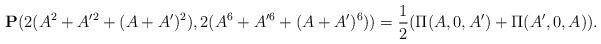
LaTeX: \begin{align*} \mathbf{P}(2(A^2+A^{\prime2}+(A+A')^2),2(A^6+A^{\prime6}+(A+A')^6))={1\over 2}(\Pi(A,0,A')+\Pi(A',0,A)). \end{align*}